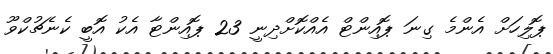
ޕޮލިހަށް އެންމެ ގިނަ ޕޮއިންޓް އެއްކޮށްދިނީ 23 ޕޮއިންޓާ އެކު އޮބީ ކެނެޗުކްވޫ